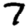
Digit: 7